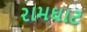
રામઘાટ